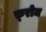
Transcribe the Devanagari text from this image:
फ़्रोम